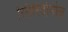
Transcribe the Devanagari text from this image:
स्पिरिदोनोव